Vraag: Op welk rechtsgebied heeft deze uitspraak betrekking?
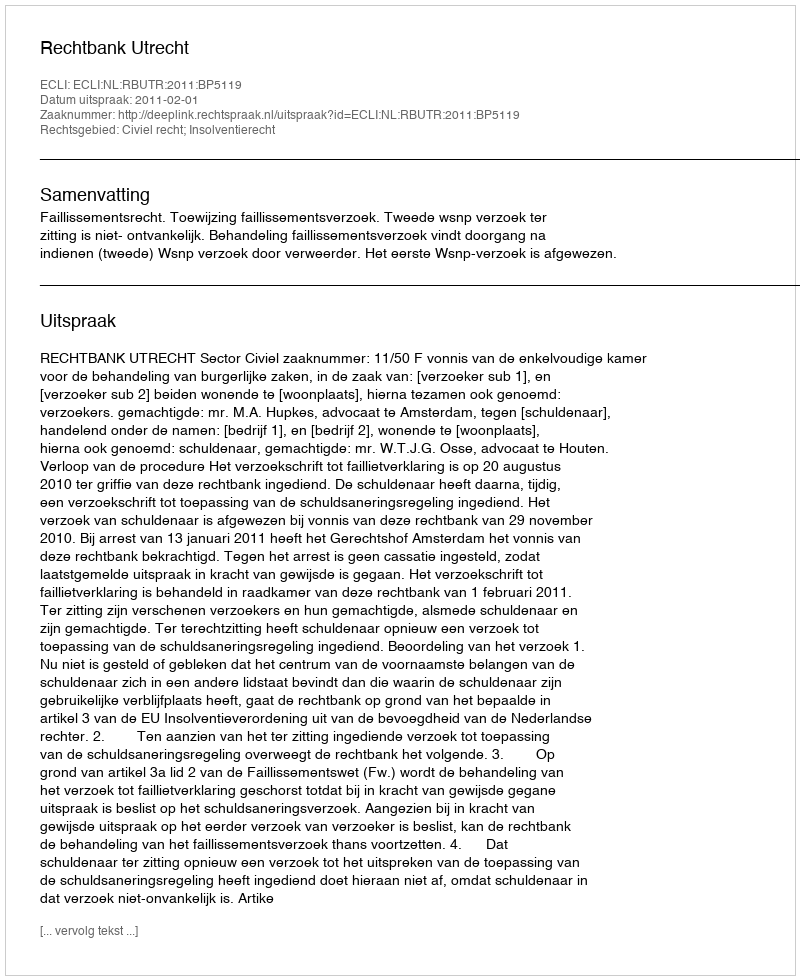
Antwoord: Civiel recht; Insolventierecht